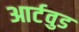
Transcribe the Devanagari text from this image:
आर्टवुड